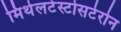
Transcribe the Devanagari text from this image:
मिथेलटेस्टोसटेरोन